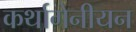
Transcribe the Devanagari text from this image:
कर्थागेनीयन